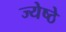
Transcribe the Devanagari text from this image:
ज्येष्ठे